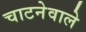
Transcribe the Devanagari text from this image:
चाटनेवाले